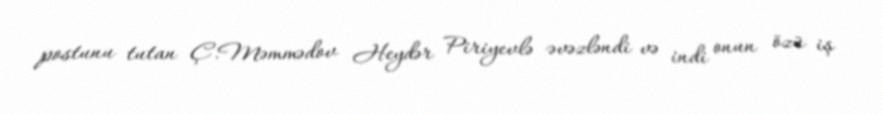
postunu tutan Ç.Məmmədov Heydər Piriyevlə əvəzləndi və indi onun özü iş